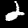
Digit: 2